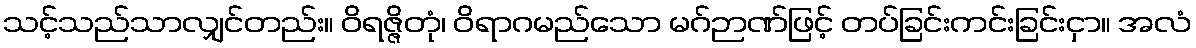
သင့်သည်သာလျှင်တည်း။ ဝိရဇ္ဇိတုံ၊ ဝိရာဂမည်သော မဂ်ဉာဏ်ဖြင့် တပ်ခြင်းကင်းခြင်းငှာ။ အလံ